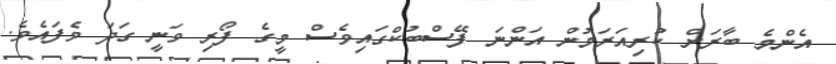
އެންމެ ބާރަށް ކުރިއަރަމުން އަންނަ ފޭސްބުކްގައިވެސް މީގެ ފޯރި ވަނީ ގަދަ ވެފައެވެ.